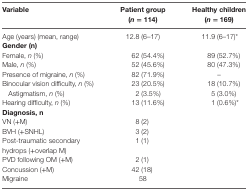
<table><thead><tr><td><b>Variable</b></td><td><b>Patient group (<i>n</i> = 114)</b></td><td><b>Healthy children (<i>n</i> = 169)</b></td></tr></thead><tbody><tr><td>Age (years) (mean, range)</td><td>12.8 (6–17)</td><td>11.9 (6–17)*</td></tr><tr><td><b>Gender (<i>n</i>)</b></td><td></td><td></td></tr><tr><td>Female, <i>n</i> (%)</td><td>62 (54.4%)</td><td>89 (52.7%)</td></tr><tr><td>Male, <i>n</i> (%)</td><td>52 (45.6%)</td><td>80 (47.3%)</td></tr><tr><td>Presence of migraine, <i>n</i> (%)</td><td>82 (71.9%)</td><td>–</td></tr><tr><td>Binocular vision difficulty, <i>n</i> (%)</td><td>23 (20.5%)</td><td>18 (10.7%)</td></tr><tr><td>Astigmatism, <i>n</i> (%)</td><td>2 (3.5%)</td><td>5 (3.0%)</td></tr><tr><td>Hearing difficulty, <i>n</i> (%)</td><td>13 (11.6%)</td><td>1 (0.6%)*</td></tr><tr><td><b>Diagnosis, <i>n</i></b></td><td></td><td></td></tr><tr><td>VN (+M)</td><td>8 (2)</td><td></td></tr><tr><td>BVH (+SNHL)</td><td>3 (2)</td><td></td></tr><tr><td>Post-traumatic secondary hydrops (+overlap M)</td><td>1 (1)</td><td></td></tr><tr><td>PVD following OM (+M)</td><td>2 (1)</td><td></td></tr><tr><td>Concussion (+M)</td><td>42 (18)</td><td></td></tr><tr><td>Migraine</td><td>58</td><td></td></tr></tbody></table>